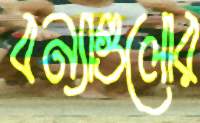
বন্যাগুলোর